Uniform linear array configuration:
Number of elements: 12
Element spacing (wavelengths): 0.75
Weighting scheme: blackman
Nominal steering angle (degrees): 30
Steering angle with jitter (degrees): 31.439
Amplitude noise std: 0.05
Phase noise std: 0.05

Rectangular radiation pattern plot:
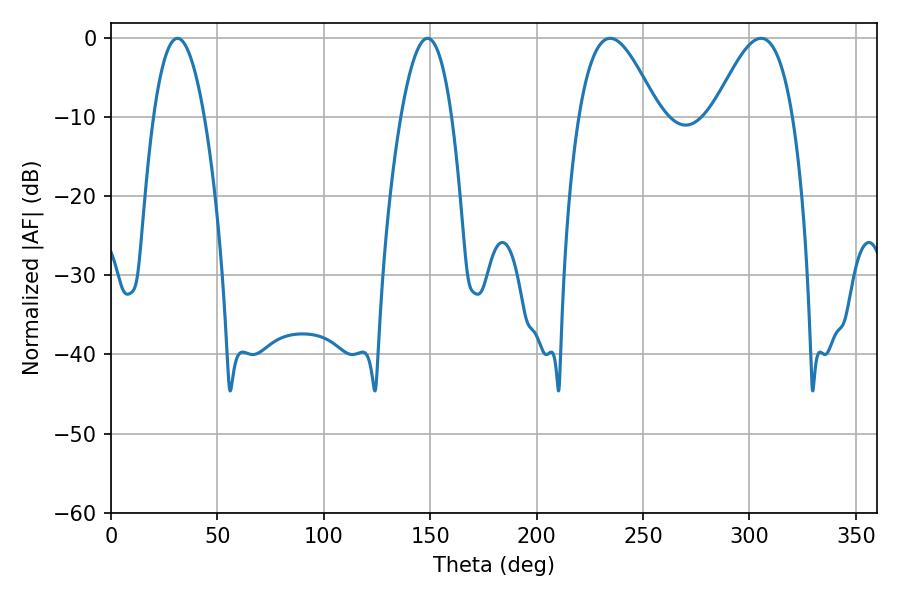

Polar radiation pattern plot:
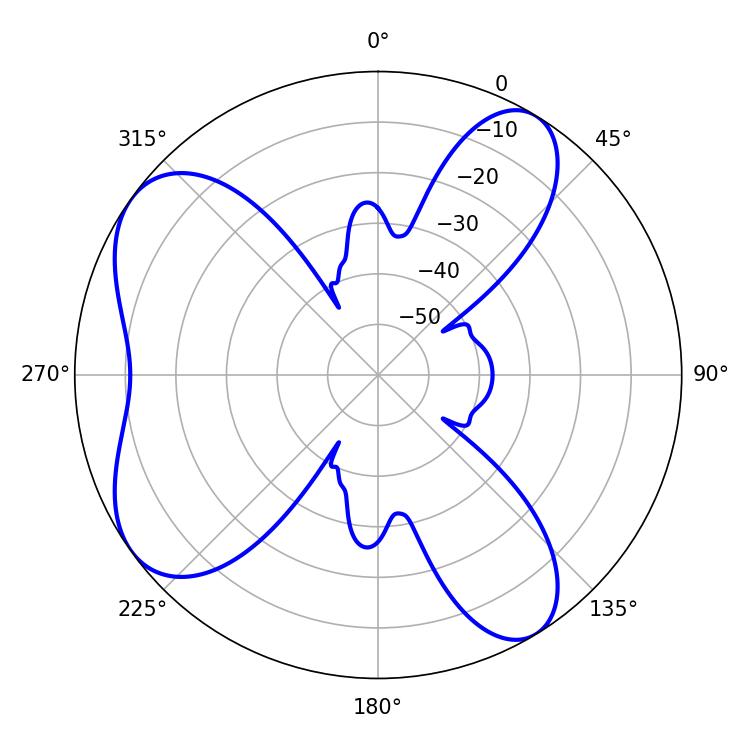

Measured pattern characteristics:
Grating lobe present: TRUE
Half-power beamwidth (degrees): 20.16
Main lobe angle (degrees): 234.54